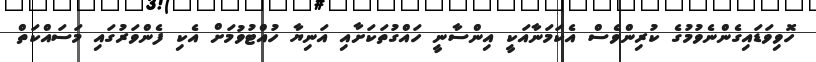
ހޮވިވަޑައިގެންނެވުމުގެ ކުރިންވެސް އެކަމަނާއަކީ އިންސާނީ ހައްގުތަކަށާއި އަނިޔާ ހުއްޓުވުމަށް އެކި ފެންވަރުގައި މަސައްކަތް